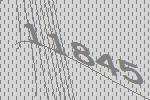
11845